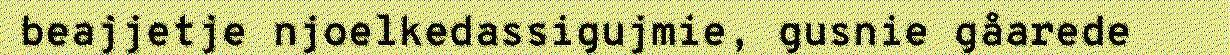
beajjetje njoelkedassigujmie, gusnie gåarede